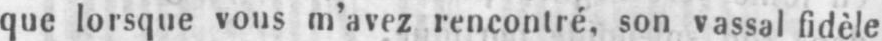
que lorsque vous m’avez rencontré, son vassal fidèle